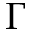
\Gamma